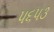
૫૬૫૩